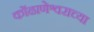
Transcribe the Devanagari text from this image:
कोंढाणेश्वराच्या